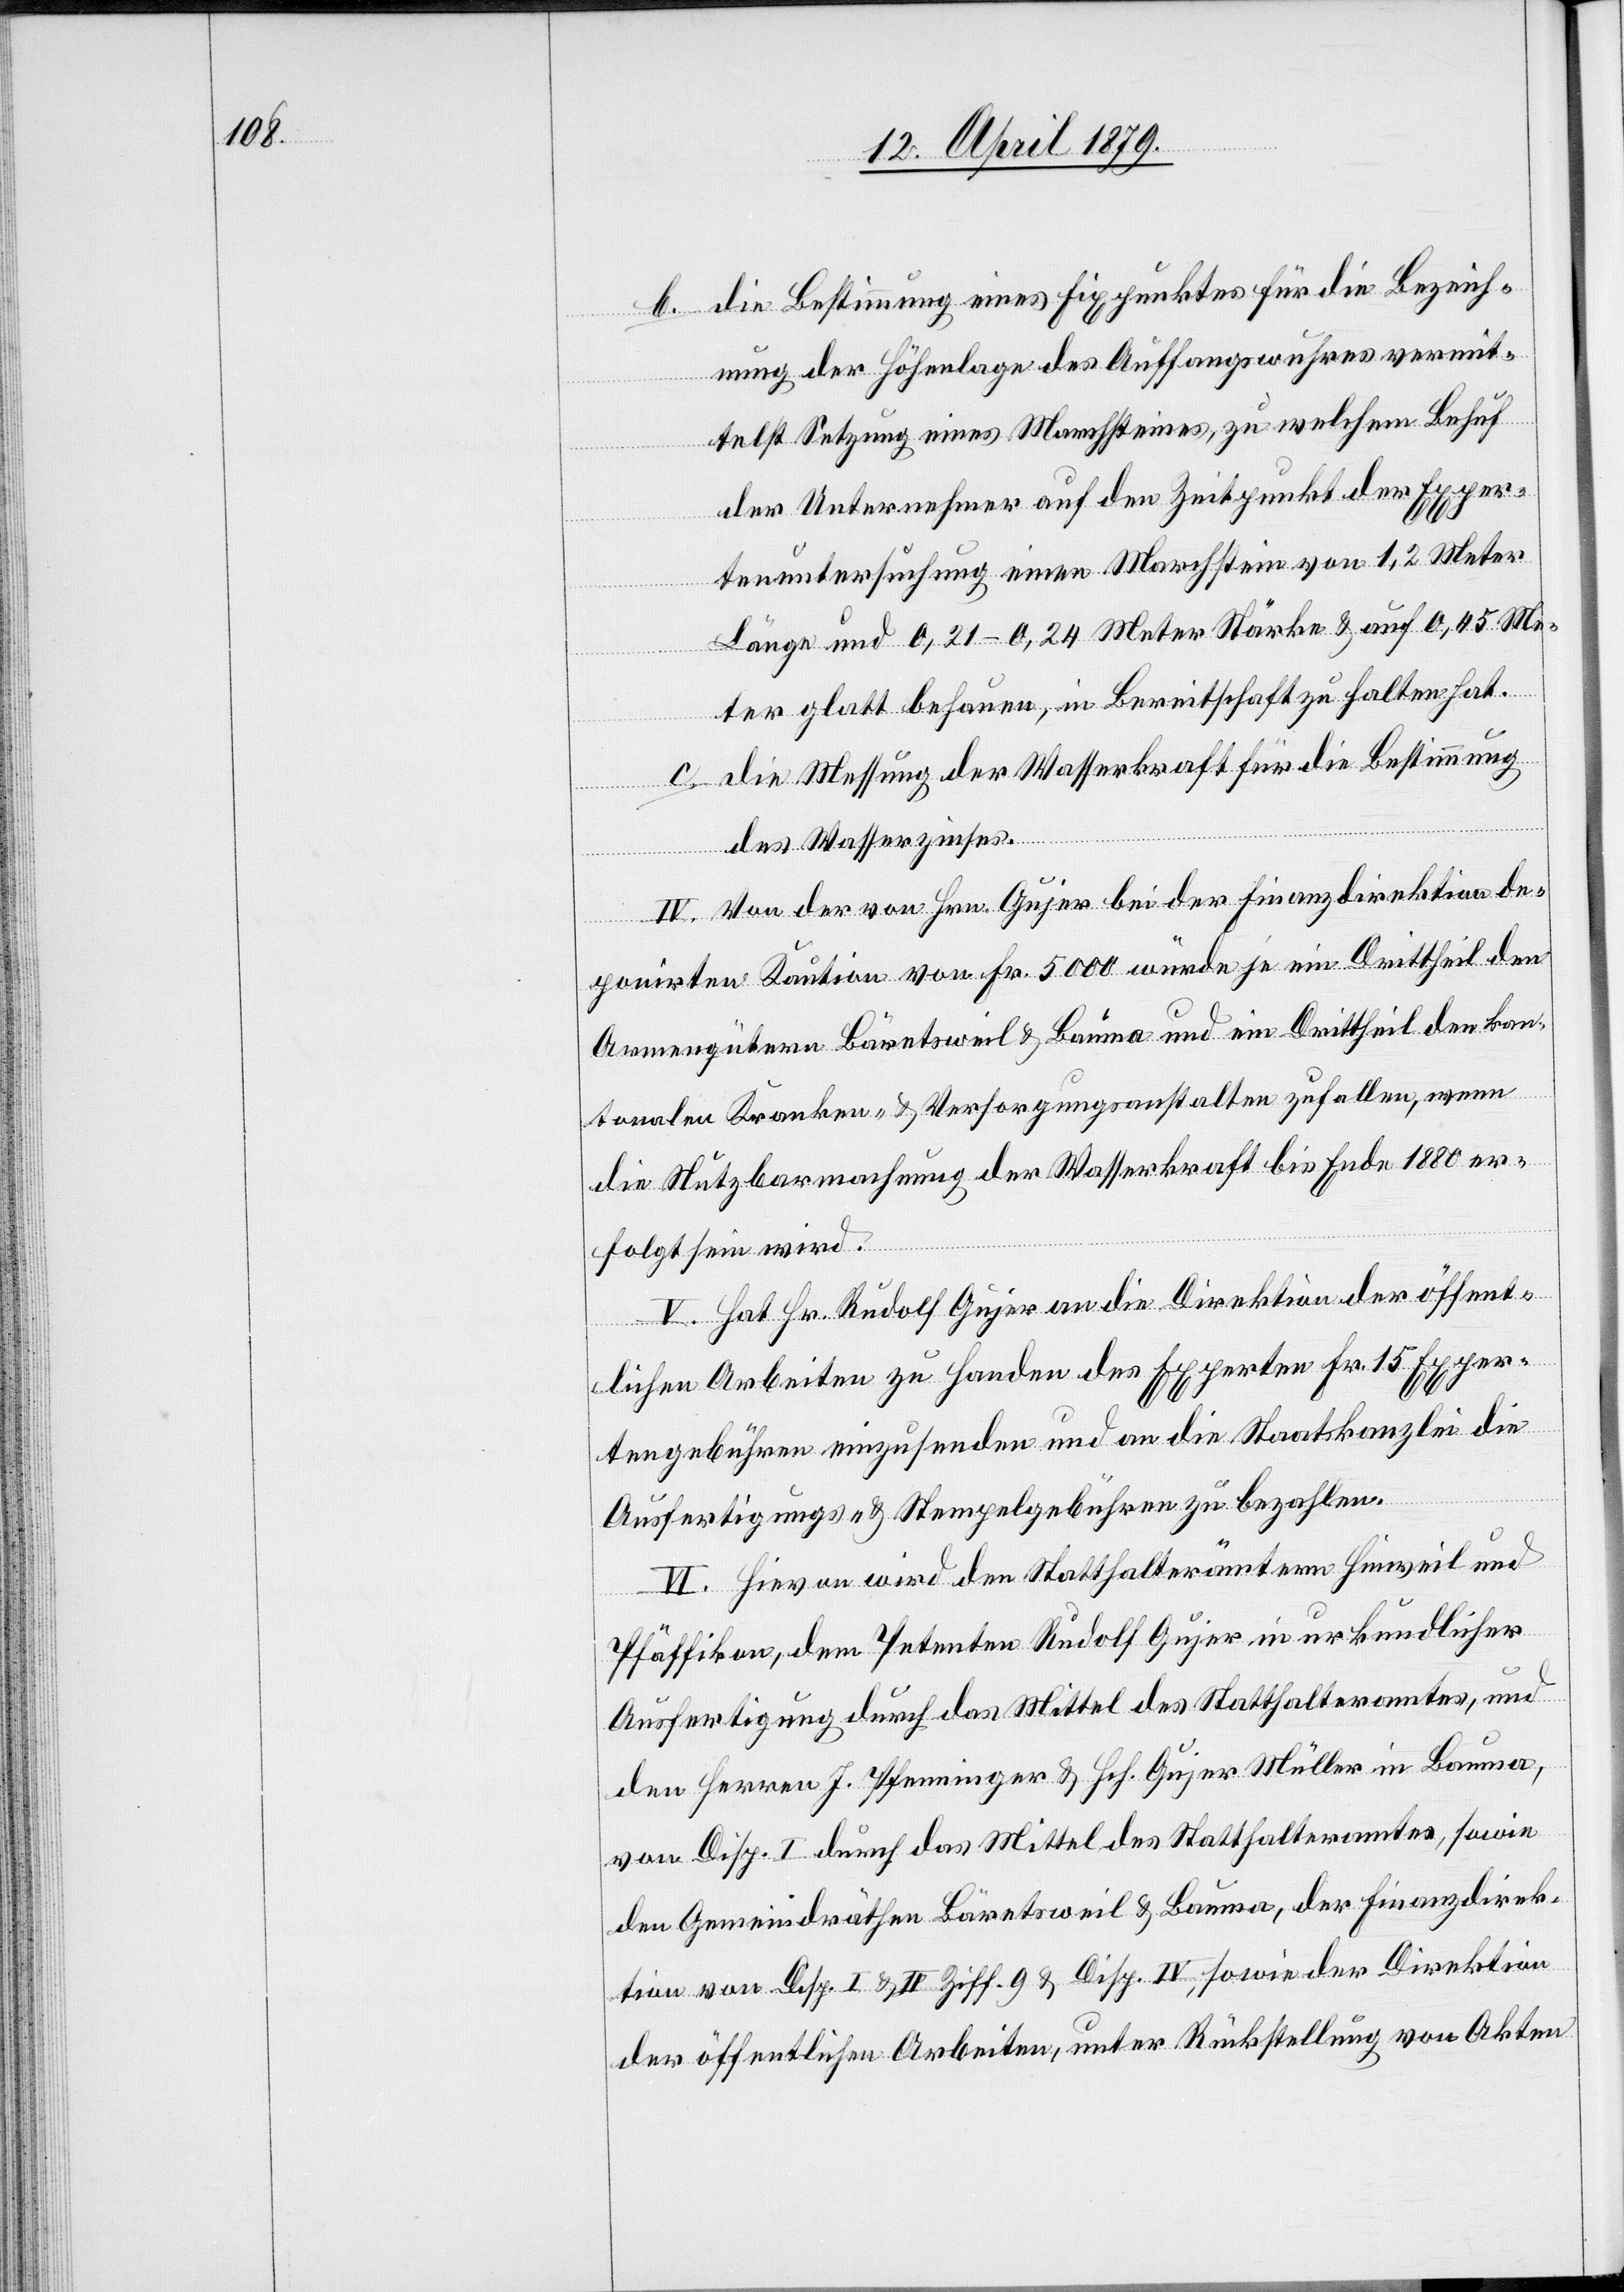
b. die Bestimmung eines Fixpunktes für die Bezeich¬
nung der Höhenlage des Auffangswuhres vermit¬
telst Setzung eines Marchsteines, zu welchem Behuf
der Unternehmer auf den Zeitpunkt der Exper¬
tenuntersuchung einen Marchstein von 1,2 Meter
Länge und 0,21–0,24 Meter Stärke & auf 0,45 Me¬
ter glatt behauen, in Bereitschaft zu halten hat.
c. die Messung der Wasserkraft für die Bestimmung
des Wasserzinses.
IV. Von der von Hrn. Gujer bei der Finanzdirektion de¬
ponirten Kaution von Fr. 5000 würde je ein Drittheil den
Armengütern Bäretsweil & Bauma und ein Drittheil den kan¬
tonalen Kranken- & Versorgungsanstalten zufallen, wenn
die Nutzbarmachung der Wasserkraft bis Ende 1880 er¬
folgt sein wird.
V. Hat Hr. Rudolf Gujer an die Direktion der öffent¬
lichen Arbeiten zu Handen des Experten Fr. 15 Exper¬
tengebühren einzusenden und an die Staatskanzlei die
Ausfertigungs- & Stempelgebühren zu bezahlen.
VI. Hievon wird den Statthalterämtern Hinweil und
Pfäffikon, dem Petenten Rudolf Gujer in urkundlicher
Ausfertigung durch das Mittel des Statthalteramtes, und
den Herren J. Pfenninger & Hch. Gujer Müller in Bauma,
von Disp. I durch das Mittel des Statthalteramtes, sowie
den Gemeindräthen Bäretsweil & Bauma, der Finanzdirek¬
tion von Disp. I & II Ziff. 9 & Disp. IV, sowie der Direktion
der öffentlichen Arbeiten, unter Rückstellung von Akten